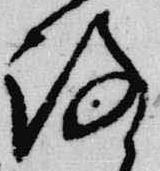
路